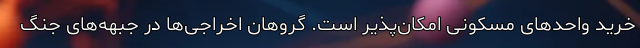
خرید واحدهای مسکونی امکان‌پذیر است. گروهان اخراجی‌ها در جبهه‌های جنگ